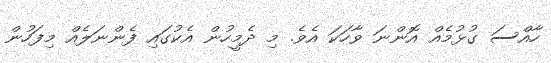
ހާއްސަ ގުޅުމެއް އޮންނަ ވާހަކަ އެވެ. މި ދެމީހުން އެކުގައި ފެންނަލެއް މިފަހުން